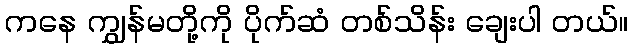
ကနေ ကျွှန်မတို့ကို ပိုက်ဆံ တစ်သိန်း ချေးပါ တယ်။